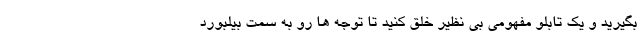
بگیرید و یک تابلو مفهومی بی نظیر خلق کنید تا توجه ها رو به سمت بیلبورد